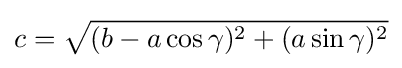
c={\sqrt {(b-a\cos \gamma )^{2}+(a\sin \gamma )^{2}}}